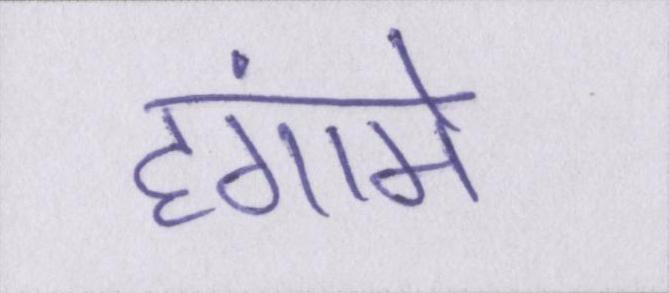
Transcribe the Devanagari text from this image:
हंगामे